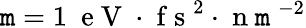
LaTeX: \mathtt{m}=1~\mathrm{{~e~V~}}\cdot\mathrm{{~f~s~}}^{2}\cdot\mathrm{{~n~\mathtt{m}~}}^{-2}